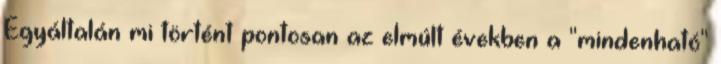
Egyáltalán mi történt pontosan az elmúlt években a "mindenható"